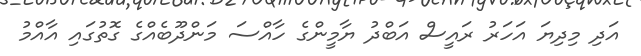
އަދި މިދިޔަ އަހަރު ރައީސް އަބްދު ޔާމީންގެ ހާއްސަ މަންދޫބެއްގެ ގޮތުގައި އާއްމު